Report of veterinary surgeon J.H. Steel, A.V.D., on his investigation into an obscure and fatal disease among transport mules in British Burma
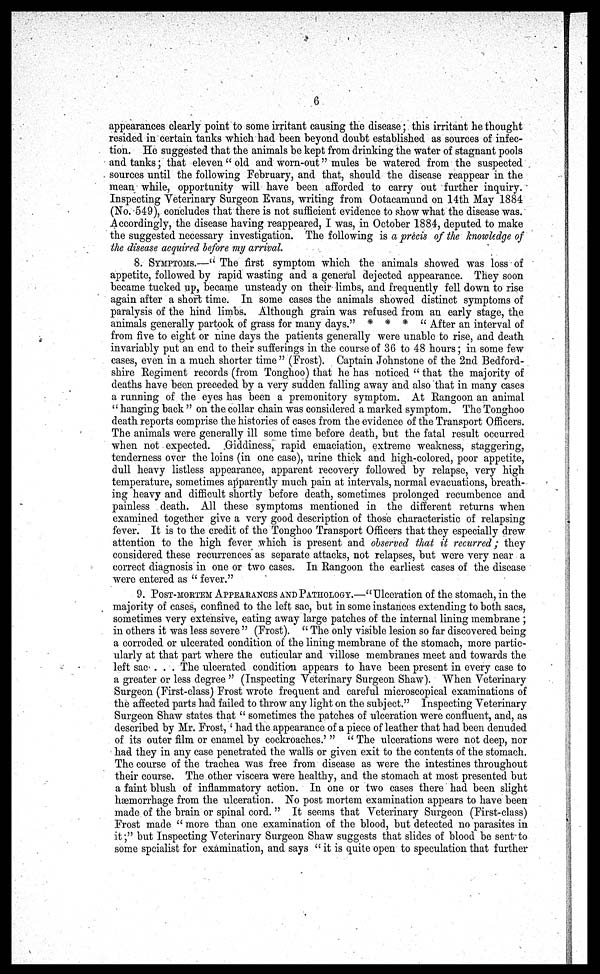
6
appearances clearly point to some irritant causing the disease; this irritant he thought
resided in certain tanks which had been beyond doubt established as sources of infec-
tion. He suggested that the animals be kept from drinking the water of stagnant pools
and tanks; that eleven "old and worn-out" mules be watered from the suspected
sources until the following February, and that, should the disease reappear in the
mean while, opportunity will have been afforded to carry out further inquiry.
Inspecting Veterinary Surgeon Evans, writing from Ootacamund on 14th May 1884
(No. 549), concludes that there is not sufficient evidence to show what the disease was.
Accordingly, the disease having reappeared, I was, in October 1884, deputed to make
the suggested necessary investigation. The following is a precis of the knowledge of
the disease acquired before my arrival.
8. SYMPTOMS.—" The first symptom which the animals showed was loss of
appetite, followed by rapid wasting and a general dejected appearance. They soon
became tucked up, became unsteady on their limbs, and frequently fell down to rise
again after a short time. In some cases the animals showed distinct symptoms of
paralysis of the hind limbs. Although grain was refused from an early stage, the
animals generally partook of grass for many days." * * * " After an interval of
from five to eight or nine days the patients generally were unable to rise, and death
invariably put an end to their sufferings in the course of 36 to 48 hours; in some few
cases, even in a much shorter time " (Frost). Captain Johnstone of the 2nd Bedford-
shire Regiment records (from Tonghoo) that he has noticed " that the majority of
deaths have been preceded by a very sudden falling away and also that in many cases
a running of the eyes has been a premonitory symptom. At Rangoon an animal
" hanging back " on the collar chain was considered a marked symptom. The Tonghoo
death reports comprise the histories of cases from the evidence of the Transport Officers.
The animals were generally ill some time before death, but the fatal result occurred
when not expected. .GiddinessJ rapid emaciation, extreme weakness, staggering,
tenderness over the loins (in one case), urine thick and high-colored, poor appetite,
dull heavy listless appearance, apparent recovery followed by relapse, very high
temperature, sometimes apparently much pain at intervals, normal evacuations, breath-
ing hoavy and difficult shortly before death, sometimes prolonged recumbence and
painless death. All these symptoms mentioned in the different returns when
examined together give a very good description of those characteristic of relapsing
fever. It is to the credit of the Tonghoo Transport Officers that they especially drew
attention to the high fever which is present and observed that it recurred; they
considered these recurrences as separate attacks, not relapses, but were very near a
correct diagnosis in one or two cases. In Rangoon the earliest cases of the disease
were entered as " fever,"
9. POST-MORTEM APPEARANCES AND PATHOLOGY.—"Ulceration of the stomach, in the
majority of cases, confined to the left sac, but in some instances extending to both sacs,
sometimes very extensive, eating away large patches of the internal lining membrane ;
in others it was less severe " (Frost). " The only visible lesion so far discovered being
a corroded or ulcerated condition of the lining membrane of the stomach, more partic-
ularly at that part where the cuticular and villose membranes meet and towards the
left sac . . . The ulcerated condition appears to have been present in every case to
a greater or less degree " (Inspecting Veterinary Surgeon Shaw). "When Veterinary
Surgeon (First-class) Frost wrote frequent and careful microscopical examinations of
the affected parts had failed to throw any light on the subject." Inspecting Veterinary
Surgeon Shaw states that " sometimes the patches of ulceration were confluent, and, as
described by Mr. Frost, ' had the appearance of a piece of leather that had been denuded
of its outer film or enamel by cockroaches.' " " The ulcerations were not deep, nor
had they in any case penetrated the wall's or given exit to the contents of the stomach.
The course of the trachea was free from disease as were the intestines throughout
their course. The other viscera were healthy, and the stomach at most presented but
a faint blush of inflammatory action. In one or two cases there had been slight
hæmorrhage from the ulceration. No post mortem examination appears to have been
made of the brain or spinal cord. " It seems that Veterinary Surgeon (First-class)
Frost made " more than one examination of the blood, but detected no parasites in
it;" but Inspecting Veterinary Surgeon Shaw suggests that slides of blood be sent to
some spcialist for examination, and says " it is quite open to speculation that further